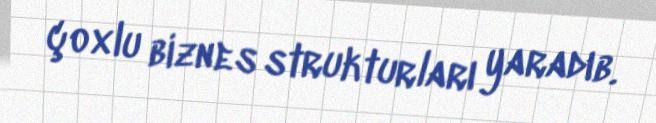
çoxlu biznes strukturları yaradıb.